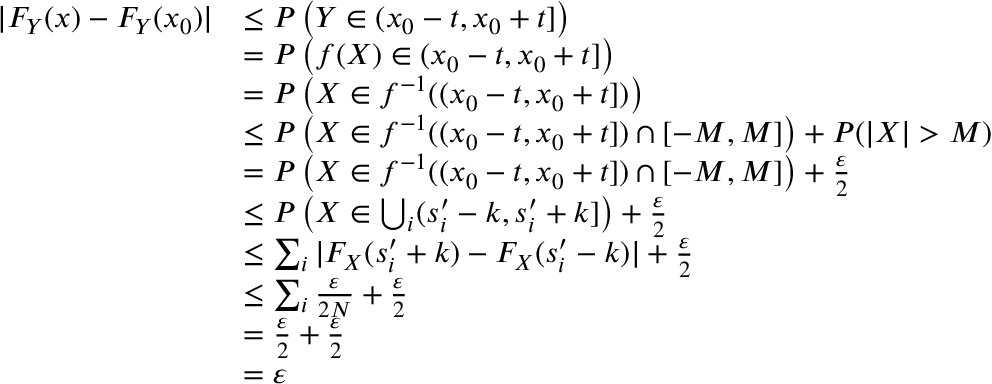
\begin{array} { r l } { \vert F _ { Y } ( x ) - F _ { Y } ( x _ { 0 } ) \vert } & { \leq P \left( Y \in ( x _ { 0 } - t , x _ { 0 } + t ] \right) } \\ & { = P \left( f ( X ) \in ( x _ { 0 } - t , x _ { 0 } + t ] \right) } \\ & { = P \left( X \in f ^ { - 1 } ( ( x _ { 0 } - t , x _ { 0 } + t ] ) \right) } \\ & { \leq P \left( X \in f ^ { - 1 } ( ( x _ { 0 } - t , x _ { 0 } + t ] ) \cap [ - M , M ] \right) + P ( \vert X \vert > M ) } \\ & { = P \left( X \in f ^ { - 1 } ( ( x _ { 0 } - t , x _ { 0 } + t ] ) \cap [ - M , M ] \right) + \frac { \varepsilon } { 2 } } \\ & { \leq P \left( X \in \bigcup _ { i } ( s _ { i } ^ { \prime } - k , s _ { i } ^ { \prime } + k ] \right) + \frac { \varepsilon } { 2 } } \\ & { \leq \sum _ { i } \vert F _ { X } ( s _ { i } ^ { \prime } + k ) - F _ { X } ( s _ { i } ^ { \prime } - k ) \vert + \frac { \varepsilon } { 2 } } \\ & { \leq \sum _ { i } \frac { \varepsilon } { 2 N } + \frac { \varepsilon } { 2 } } \\ & { = \frac { \varepsilon } { 2 } + \frac { \varepsilon } { 2 } } \\ & { = \varepsilon } \end{array}